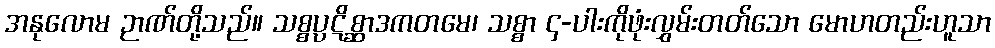
အနုလောမ ဉာဏ်တို့သည်။ သစ္စပ္ပဋိစ္ဆာဒကတမေ၊ သစ္စာ ၄-ပါးကိုဖုံးလွှမ်းတတ်သော မောဟတည်းဟူသာ